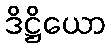
ဒိဋ္ဌိယော